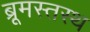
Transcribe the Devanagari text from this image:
ब्रूमस्तस्थ